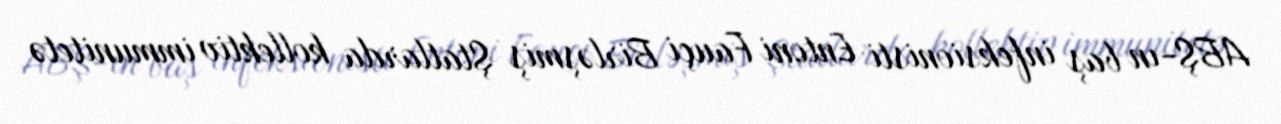
ABŞ-ın baş infeksionisti Entoni Fauçi Birləşmiş Ştatlarda kollektiv immunitetə